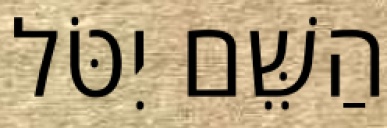
הַשֵּׁם יִטֹּל